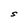
Character: S